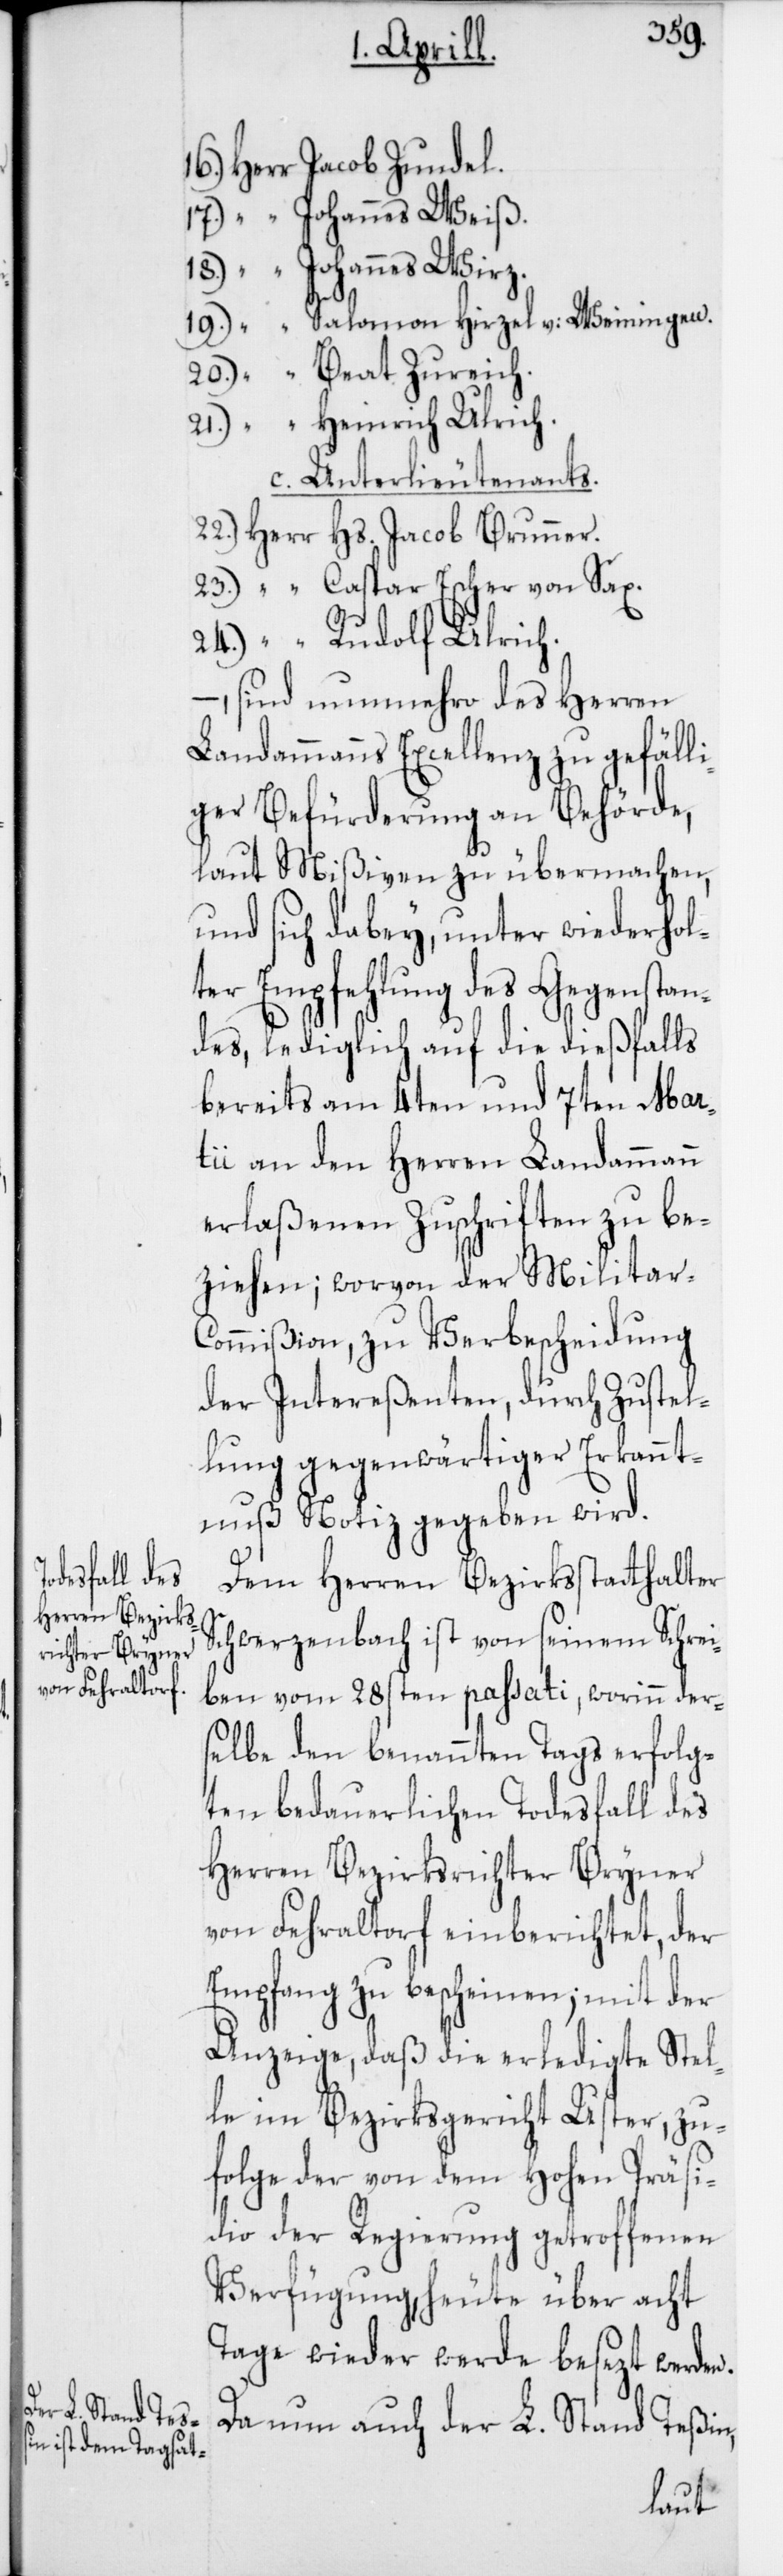
16.) Herr Jacob Zundel.
17.) “ Johannes Weiß.
18.) “ Johannes Wirz.
19.) “ Salomon Hirzel v: Weiningen.
20.) “ Beat Zureich.
21.) “ Heinrich Ulrich.
c. Unterlieutenants.
22.) Herr Hs. Jacob Brunner.
23.) “ Caspar Escher von Sax.
24.) “ Rudolf Ulrich.
sind nunmehro des Herren
Landammanns Excellenz zu gefälli¬
ger Befürderung an Behörde,
laut Mißiven zu übermachen,
und sich dabey unter wiederhol¬
ter Empfehlung des Gegenstan¬
des, lediglich auf die dießfalls
bereits am 4ten und 7ten Mar¬
tii an den Herren Landammann
erlaßenen Zuschriften zu be¬
ziehen; worvon der Militar-C¬
ommißion zu Verbescheidung
der Intereßenten, durch Zustel¬
lung gegenwärtiger Erkannt¬
nuß Notiz gegeben wird.
Dem Herren Bezirksstatthalter
Schwerzenbach ist von seinem Schrei¬
ben vom 28sten passati, worinn der¬
selbe den benannten Tags erfolg¬
ten bedauerlichen Todesfall des
Herren Bezirksrichter Bryner
von Fehraltorf einberichtet, der
Empfang zu bescheinen; mit der
Anzeige, daß die erledigte Stel¬
le im Bezirksgericht Uster, zu¬
folge der von dem hohen Präsi¬
dio der Regierung getroffenen
Verfügung, heute über acht
Tage wieder werde besezt werden.
Da nun auch der L. Stand Teßin,